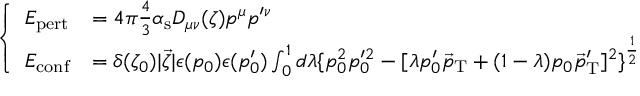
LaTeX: \left\{ \begin{array} { l l } { { E _ { \mathrm { p e r t } } } } & { { = 4 \pi { \frac { 4 } { 3 } } \alpha _ { \mathrm { s } } D _ { \mu \nu } ( \zeta ) p ^ { \mu } p ^ { \prime \nu } \nonumber } } \\ { { E _ { \mathrm { c o n f } } } } & { { = \delta ( \zeta _ { 0 } ) \vert { \vec { \zeta } } \vert \epsilon ( p _ { 0 } ) \epsilon ( p _ { 0 } ^ { \prime } ) \int _ { 0 } ^ { 1 } d \lambda \{ p _ { 0 } ^ { 2 } p _ { 0 } ^ { \prime 2 } - [ \lambda p _ { 0 } ^ { \prime } { \vec { p } } _ { \mathrm { T } } + ( 1 - \lambda ) p _ { 0 } { \vec { p } } _ { \mathrm { T } } ^ { \prime } ] ^ { 2 } \} ^ { \frac { 1 } { 2 } } } } \end{array} \right.